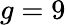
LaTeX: g=9